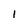
Character: l